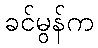
ခင်မွန်က